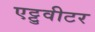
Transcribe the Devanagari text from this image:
एट्टुवीटर